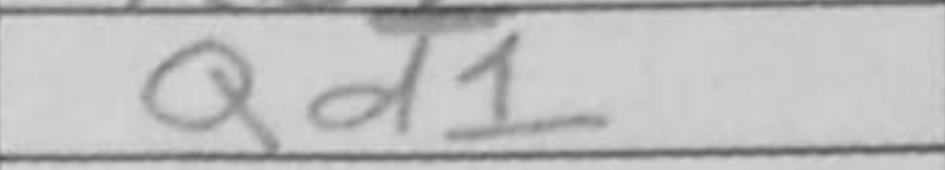
Transcription: Qd1